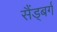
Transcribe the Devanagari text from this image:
सैंड्बर्ग